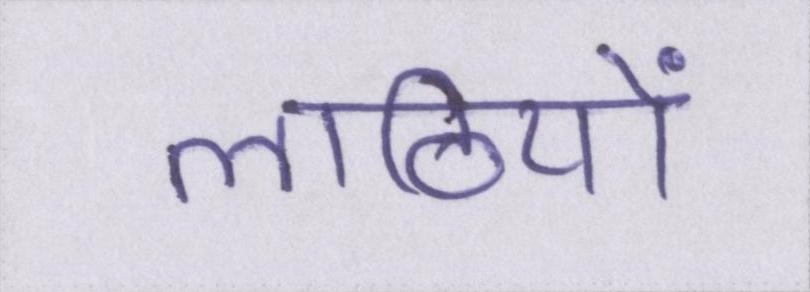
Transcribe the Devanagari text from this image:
लाठियों